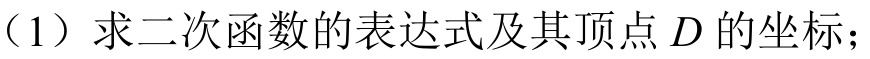
（1）求二次函数的表达式及其顶点\(D\)的坐标；